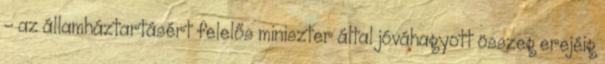
– az államháztartásért felelős miniszter által jóváhagyott összeg erejéig